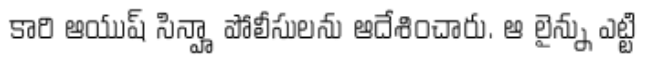
కారి ఆయుష్ సిన్హా పోలీసులను ఆదేశించారు. ఆ లైన్ను ఎట్టి